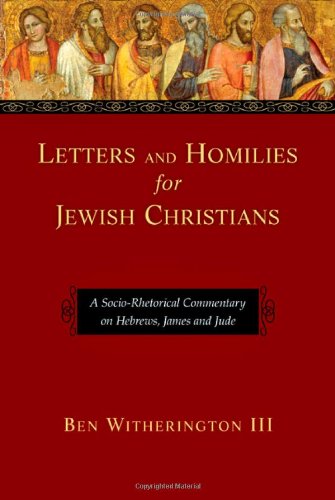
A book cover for Letters and Homilies for Jewish Christians: A Socio-Rhetorical Commentary on Hebrews, James and Jude; Ben Witherington III; Christian Books & Bibles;